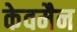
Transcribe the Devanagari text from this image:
केवमैन